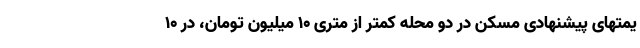
یمتهای پیشنهادی مسکن در دو محله کمتر از متری ۱۰ میلیون تومان، در ۱۰